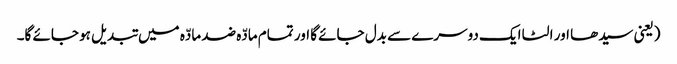
(یعنی سیدھا اور الٹا ایک دوسرے سے بدل جائے گا اور تمام مادّہ ضد مادّہ میں تبدیل ہو جائے گا۔